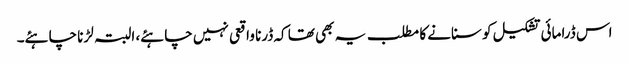
اس ڈرامائی تشکیل کو سنانے کا مطلب یہ بھی تھا کہ ڈرنا واقعی نہیں چاہئے، البتہ لڑنا چاہئے۔